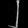
Digit: ၂